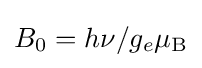
B_{0}=h\nu /g_{e}\mu _{\text{B}}